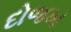
દોજખ